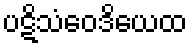
ပဋိသံဝေဒိယေထ